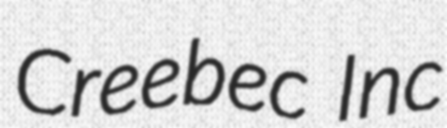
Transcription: Creebec Inc